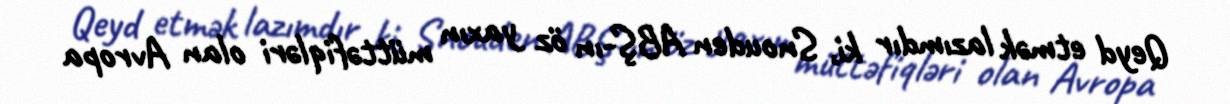
Qeyd etmək lazımdır ki, Snouden ABŞ-ın öz yaxın müttəfiqləri olan Avropa